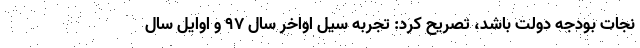
نجات بودجه دولت باشد، تصریح کرد: تجربه سیل اواخر سال 97 و اوایل سال